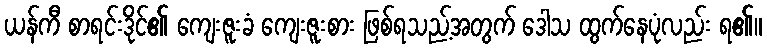
ယန်ကီ စာရင်းဒိုင်၏ ကျေးဇူးခံ ကျေးဇူးစား ဖြစ်ရသည့်အတွက် ဒေါသ ထွက်နေပုံလည်း ရ၏။